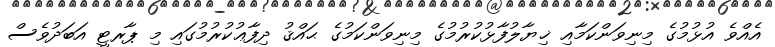
އެއްވެ އުޅުމުގެ މިނިވަންކަމާއި ޚިޔާލުފާޅުކުރުމުގެ މިނިވަންކަމުގެ ޙައްޤު ދިފާޢުކުރުމުގައި މި ޕާރޓީ އަބަދުވެސް